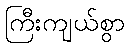
ကြီးကျယ်စွာ